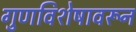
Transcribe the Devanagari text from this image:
गुणविशेषावरून